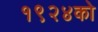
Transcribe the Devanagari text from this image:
१९२४को